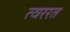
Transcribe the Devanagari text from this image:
त्वररत